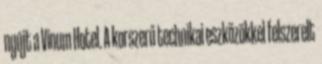
nyújt a Vinum Hotel. A korszerű technikai eszközökkel felszerelt